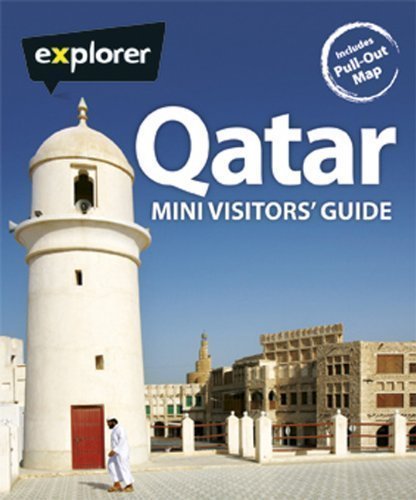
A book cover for Qatar Mini Visitors Guide; Travel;